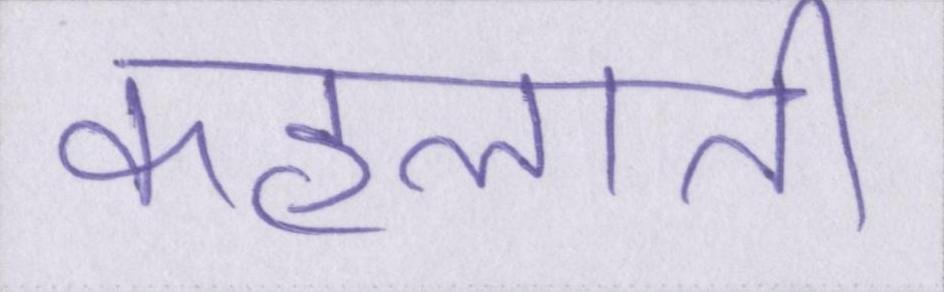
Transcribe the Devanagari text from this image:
कहलाती